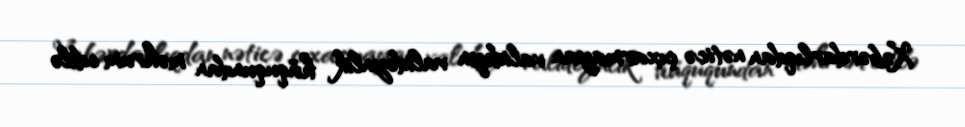
Xəbərdarlıqdan nəticə çıxarmayan valideyn valideynlik hüququndan məhrum edilə